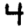
Digit: 4